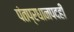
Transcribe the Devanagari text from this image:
पंतप्रधानपदही